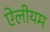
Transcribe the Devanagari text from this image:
ऐलीयम